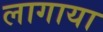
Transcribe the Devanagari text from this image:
लागाया